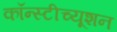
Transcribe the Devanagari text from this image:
कॉन्स्टीच्यूशन